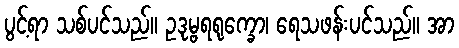
ပွင့်ရာ သစ်ပင်သည်။ ဥဒုမ္ဗရရုက္ခော၊ ရေသဖန်းပင်သည်။ အာ